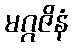
မဂ္ဂဇိနံ